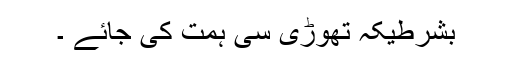
بشرطیکہ تھوڑی سی ہمت کی جائے ۔